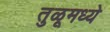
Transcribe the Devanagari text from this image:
तुळूमध्ये